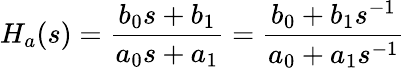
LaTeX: H_{a}(s)={\frac{b_{0}s+b_{1}}{a_{0}s+a_{1}}}={\frac{b_{0}+b_{1}s^{-1}}{a_{0}+a_{1}s^{-1}}}